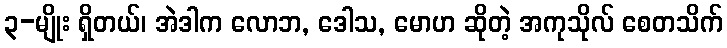
၃-မျိုး ရှိတယ်၊ အဲဒါက လောဘ, ဒေါသ, မောဟ ဆိုတဲ့ အကုသိုလ် စေတသိက်